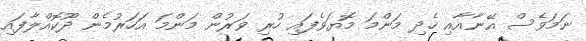
ނަމަވެސް އޭނާއާއި ހެދި މަންމަ މޮޔަވެފައި ހުރި ވަރުން މަންމަ އަހަރުމެން ދޫކޮއްލާފައި